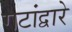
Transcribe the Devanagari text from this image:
गटांद्वारे